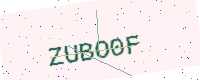
Text: ZUBO0F